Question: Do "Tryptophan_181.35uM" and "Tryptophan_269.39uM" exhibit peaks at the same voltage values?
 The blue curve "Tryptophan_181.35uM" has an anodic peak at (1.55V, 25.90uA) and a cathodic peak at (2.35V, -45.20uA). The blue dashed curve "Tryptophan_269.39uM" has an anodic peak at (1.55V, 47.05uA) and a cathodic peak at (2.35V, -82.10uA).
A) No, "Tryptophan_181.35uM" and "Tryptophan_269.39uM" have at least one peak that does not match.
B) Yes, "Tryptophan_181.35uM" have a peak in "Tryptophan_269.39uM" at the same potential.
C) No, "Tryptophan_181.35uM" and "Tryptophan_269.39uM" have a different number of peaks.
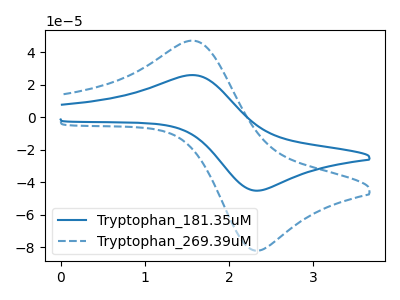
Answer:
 <answer>B) Yes, "Tryptophan_181.35uM" have a peak in "Tryptophan_269.39uM" at the same potential.</answer>
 <eval>B</eval>